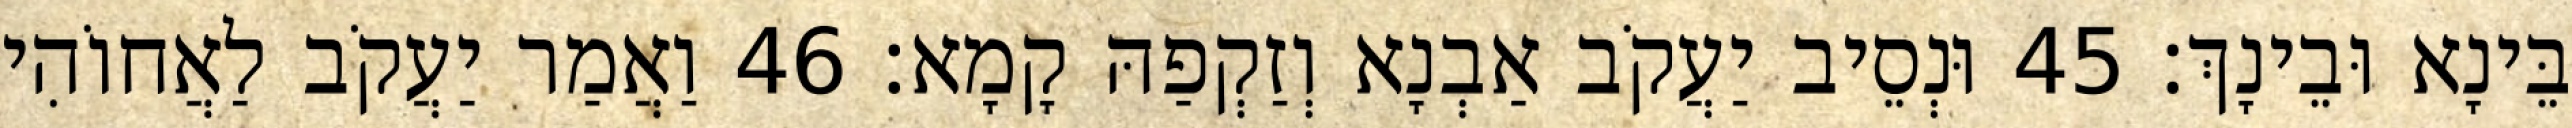
בֵּינָא וּבֵינָךְ׃ 45 וּנְסֵיב יַעֲקֹב אַבְנָא וְזַקְפַהּ קָמָא׃ 46 וַאֲמַר יַעֲקֹב לַאֲחוֹהִי